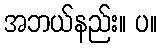
အဘယ်နည်း။ ပ။